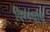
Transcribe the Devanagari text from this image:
विण्ण्याचे